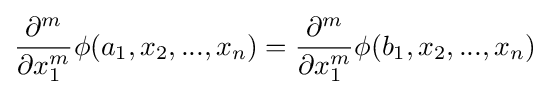
{\frac {\partial ^{m}}{\partial x_{1}^{m}}}\phi (a_{1},x_{2},...,x_{n})={\frac {\partial ^{m}}{\partial x_{1}^{m}}}\phi (b_{1},x_{2},...,x_{n})